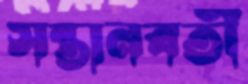
সন্তানবতী